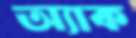
অ্যাক